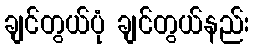
ချင်တွယ်ပုံ ချင်တွယ်နည်း